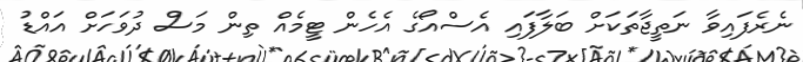
ނެރެފައިވާ ނަތީޖާތަކަށް ބަލާފައި އެސްއޯގެ އެހެން ޓީމެއް ތިން މަސް ދުވަހަށް އައްޑު